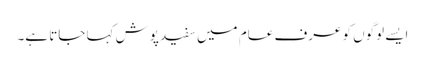
ایسے لوگوں کو عرف عام میں سفید پوش کہا جاتا ہے۔